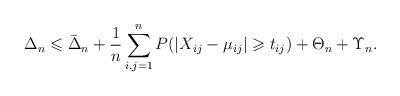
LaTeX: \begin{align*}\Delta_n \leqslant \bar{\Delta}_n + \frac{1}{n} \sum\limits_{i,j=1}^n P(|X_{ij}-\mu_{ij}| \geqslant t_{ij})+ \Theta_n +\Upsilon_n.\end{align*}